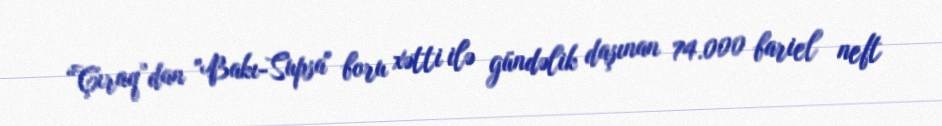
“Çıraq”dan "Bakı-Supsa" boru xətti ilə gündəlik daşınan 74.000 bariel neft